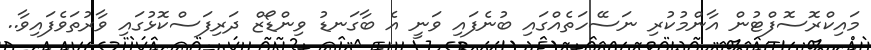
މައިކްރޮސޮފްޓުން އާންމުކުރި ނަސޭހަތެއްގައި ބުނެފައި ވަނީ އެ ބާގަނޑު ވިންޑޯޒް ދަރިފަސްކޮޅުގައި ވާރުތަވެފައިވާ..